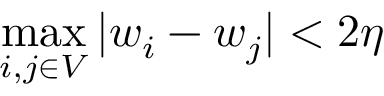
\operatorname* { m a x } _ { i , j \in V } | w _ { i } - w _ { j } | < 2 \eta